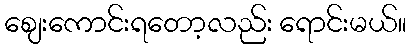
စျေးကောင်းရတော့လည်း ရောင်းမယ်။